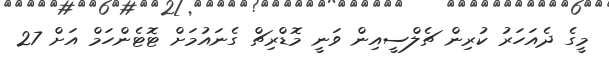
މީގެ ދެއަހަރު ކުރިން ޗެލްސީއިން ވަނީ މޮޑްރިޗް ގެނައުމަށް ޓޮޓެންހަމް އަށް 27